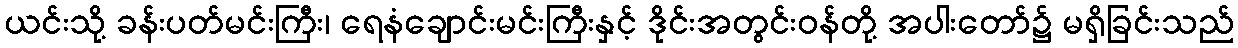
ယင်းသို့ ခန်းပတ်မင်းကြီး၊ ရေနံချောင်းမင်းကြီးနှင့် ဒိုင်းအတွင်းဝန်တို့ အပါးတော်၌ မရှိခြင်းသည်